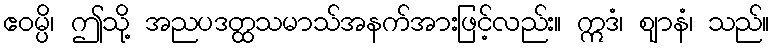
ဧဝမ္ပိ၊ ဤသို့ အညပဒတ္ထသမာသ်အနက်အားဖြင့်လည်း။ ဣဒံ၊ ဈာနံ၊ သည်။